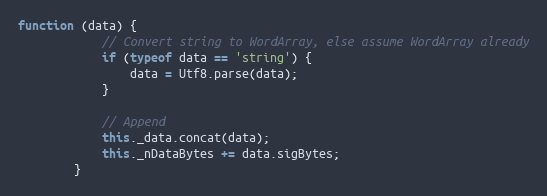
Language: JavaScript
function (data) {
            // Convert string to WordArray, else assume WordArray already
            if (typeof data == 'string') {
                data = Utf8.parse(data);
            }

            // Append
            this._data.concat(data);
            this._nDataBytes += data.sigBytes;
        }